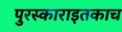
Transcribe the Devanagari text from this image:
पुरस्काराइतकाच